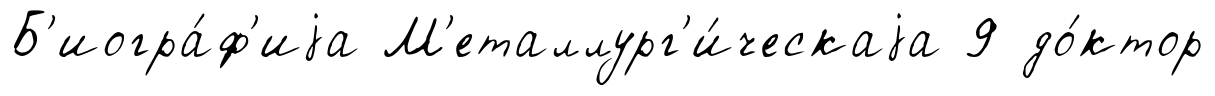
Б'иогра́ф'иjа М'еталлург'и́ческаjа 9 до́ктор